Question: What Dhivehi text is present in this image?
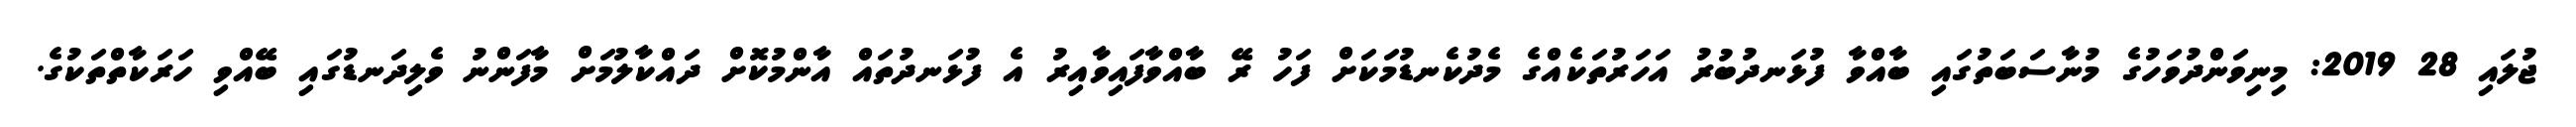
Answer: ޖުލައި 28 2019: މިނިވަންދުވަހުގެ މުނާސަބަތުގައި ބާއްވާ ފުޅަނދުބުރު އަހަރުތަކެއްގެ މެދުކެނޑުމަކަށް ފަހު ރޭ ބާއްވާފައިވާއިރު އެ ފުޅަނދުތައް އާންމުކޮށް ދައްކާލުމަށް މާފަންނު ވެލިދަނޑުގައި ބޭއްވި ހަރަކާތްތަކުގެ.